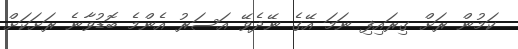
ކަމުން ރަށް ގިރައިފި ނަމަ އޭގެ ނޭދެވޭ އަސަރު އެންމެ ބޮޑުވާނެ ރަށަކަށް